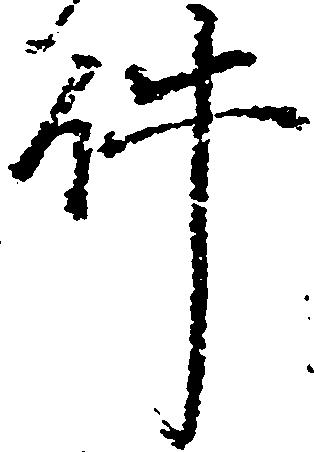
件